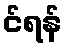
င်ရန်